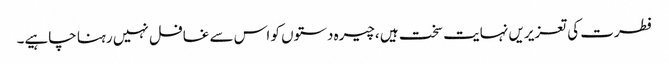
فطرت کی تعزیریں نہایت سخت ہیں ،چیرہ دستوں کو اس سے غافل نہیں رہنا چاہیے۔